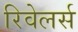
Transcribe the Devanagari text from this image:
रिवेलर्स